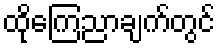
ထိုကြေညာချက်တွင်